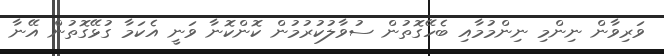
ވަރިވާން ނިންމި ނިންމުމާއި ބެހޭގޮތުން ސުވާލުކުރުމުން ކޮންކޮނާ ވަނީ އެކަމާ ގުޅޭގޮތުން އޭނާ